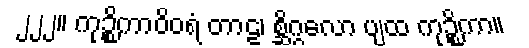
၂၂၂။ ကုဉ္စိကာဝိဝရံ တာဠ၊ စ္ဆိဂ္ဂလော ပျထ ကုဉ္စိကာ။